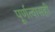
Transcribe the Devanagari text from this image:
पूर्णत्वासही